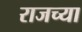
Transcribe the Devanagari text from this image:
राजच्या